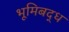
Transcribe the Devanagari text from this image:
भूमिबद्ध